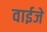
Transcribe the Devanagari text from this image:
वाईजे